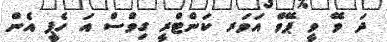
ދަ ވޭ ވީ ޕޭވް އަވަރ ކަންޓްރީ ގިވްސް އަ ހެޕީ އެން